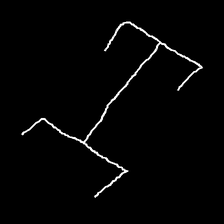
Glyph: entwine